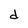
Character: d